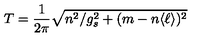
T = { \frac { 1 } { 2 \pi } } \sqrt { n ^ { 2 } / g _ { s } ^ { 2 } + ( m - n \langle \ell \rangle ) ^ { 2 } }